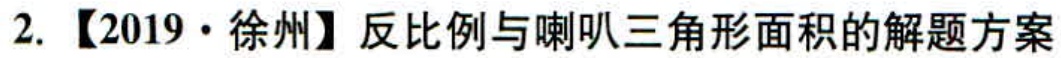
2. 【2019·徐州】反比例与喇叭三角形面积的解题方案